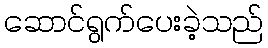
ဆောင်ရွက်ပေးခဲ့သည်